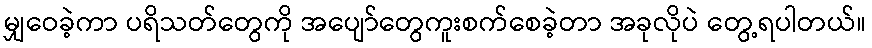
မျှဝေခဲ့ကာ ပရိသတ်တွေကို အပျော်တွေကူးစက်စေခဲ့တာ အခုလိုပဲ တွေ့ရပါတယ်။